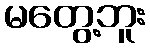
မတွေ့ဘူး